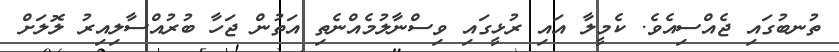
ތުނބުގައި ޖެއްސިއެވެ. ކެމީލާ އައި ރުޅީގައި ވިސްނާލުމެއްނެތި އަތުން ޖަހާ ބުރުއްސާލިއިރު ލޮލަށް